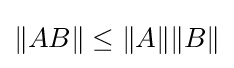
\|AB\|\leq \|A\|\|B\|